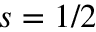
s = 1 / 2